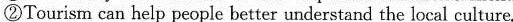
②Tourism can help people better understand the local culture.